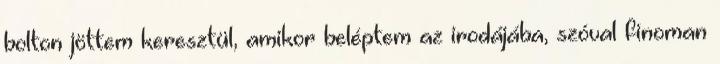
bolton jöttem keresztül, amikor beléptem az irodájába, szóval finoman